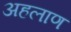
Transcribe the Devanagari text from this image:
अहलाण